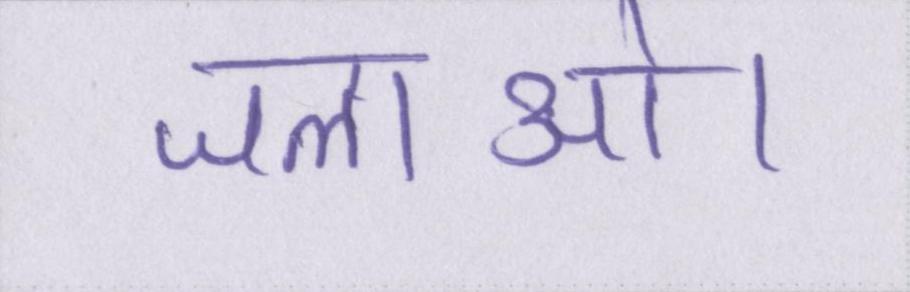
जलाओ।